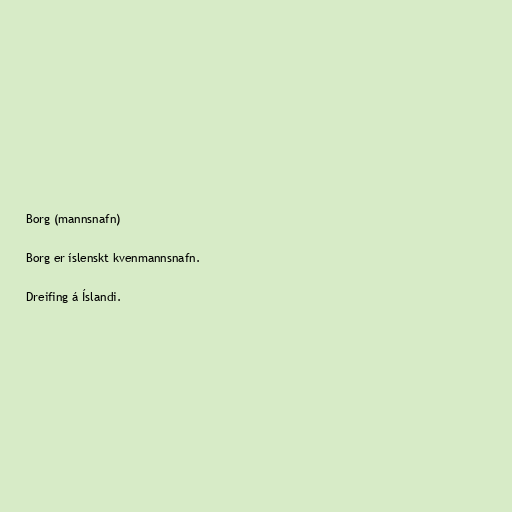
Borg (mannsnafn)

Borg er íslenskt kvenmannsnafn.

Dreifing á Íslandi.